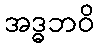
အဒ္ဓဘဝိ